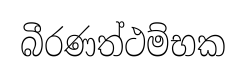
බීරණත්ථම්භක